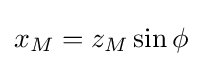
x_{M}=z_{M}\sin \phi